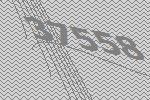
37558